Dysentery and liver abscess in Bombay - Number 47
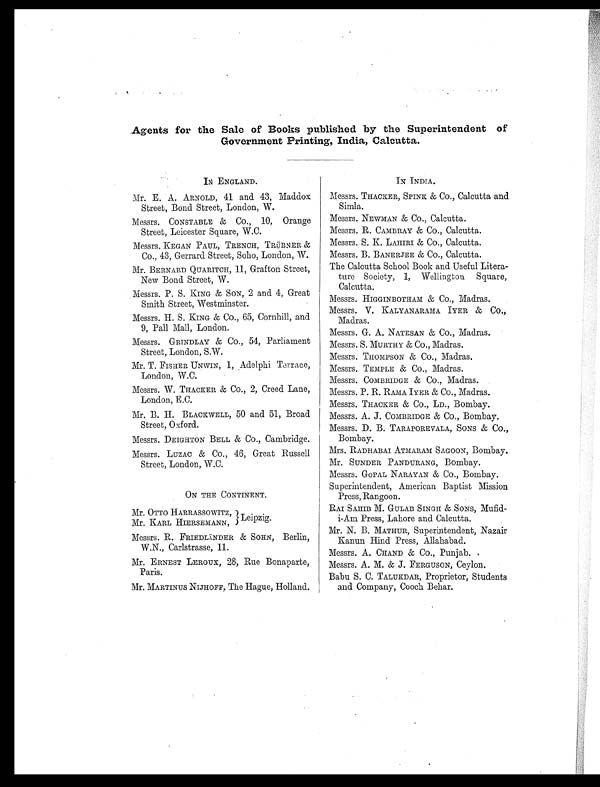
Agents for the Sale of Books published by the Superintendent of
Government Printing, India, Calcutta.
IN ENGLAND.
Mr. E. A. ARNOLD, 41 and. 43, Maddox
Street, Bond Street, London, W.
Messrs. CONSTABLE & Co., 10, Orange
Street, Leicester Square, W.C.
Messrs. KEGAN PAUL, TRENCH, TRÜBNER &
Co., 43, Gerrard Street, Soho, London, W.
Mr. BERNARD QUARITCH, 11, Grafton Street,
New Bond. Street, W.
Messrs. P. S. KING & SON, 2 and. 4, Great
Smith Street, Westminster.
'Messrs. H. S. KING & Co., 65, Cornhill, and
9, Pall Mall, London.
Messrs. GRINDLAY & Co., 54, Parliament
Street, London, S.W.
Mr. T. FISHER UNWIN, 1, Adelphi Terrace,
London, W.C.
Messrs. W. THACKER & Co., 2, Creed Lane,
London, E.C.
Mr. B. H. BLACKWELL, 50 and 51, Broad
Street, Oxford.
Messrs. DEIGHTON BELL & CO., Cambridge.
Messrs. LUZAC & Co., 46, Great Russell
Street, London, W.C.
ON THE CONTINENT.
Mr. OTTO HARRASSOWI TZ, Lei pzi g.
Mr. KARL HIERSEMANN,
Messrs. R. FRIEDLÄNDER & SOHN, Berlin,
W.N., Carlstrasse, 11.
Mr. ERNEST LEROUX, 2S, Rue Bonaparte,
Paris.
Mr. MARTINUS NIJHOFF, The Hague, Holland.
IN INDIA.
Messrs. THACKER, SPINK & CO., Calcutta and
Simla.
Messrs. NEWMAN & Co., Calcutta.
Messrs. R. CAMBRAY & Co., Calcutta.
Messrs. S. K. LAHIRI & Co., Calcutta.
Me s s r s . B . B A N E R J E E & C o . , C a l c u t t a .
The Calcutta School Book and Useful Litera-
ture Society, 1, Wellington. Square,
Calcutta.
Messrs. HIGGINBOTHAM & Co., Madras.
Messrs. V. KALYANARAMA IYER & CO.,
Madras.
Messrs. G. A. NATESAN & Co., Madras.
Messrs. S. MURTHY & CO., Madras.
Messrs. THOMPSON & Co., Madras.
Messrs. TEMPLE & Co., Madras.
Messrs. COMBRIDGE & Co., Madras.
Messrs. P. R. RAMA IYER & Co., Madras.
Messrs. THACKER & Co., LD., Bombay.
Messrs. A. J. COMBRIDGE & CO., Bombay.
Messrs. D. B. TARAPOREVALA, SONS & Co.,
Bombay.
Mrs. RADHABAI ATMARAM SAGOON, Bombay.
Mr. SUNDER PANDURANG, Bombay.
Messrs. GOPAL NARAYAN & Co., Bombay.
Superintendent, American Baptist Mission
Press, Rangoon.
RAI SAHIB M. GULAB SINGH & SONS, Mufid-
i-Am Press, Lahore and Calcutta.
Mr. N. B. MATHUR, Superintendent, Nazair
Kanun Hind Press, Allahabad.
Messrs. A. CHAND & Co., Punjab. .
Messrs. A. M. & J. FERGUSON, Ceylon.
Babu S. C. TALUKDAR, Proprietor, Students
and Company, Cooch Behar.